Plague in India, 1896, 1897 - Volume 2
Year: 1896
Disease focus: Plague
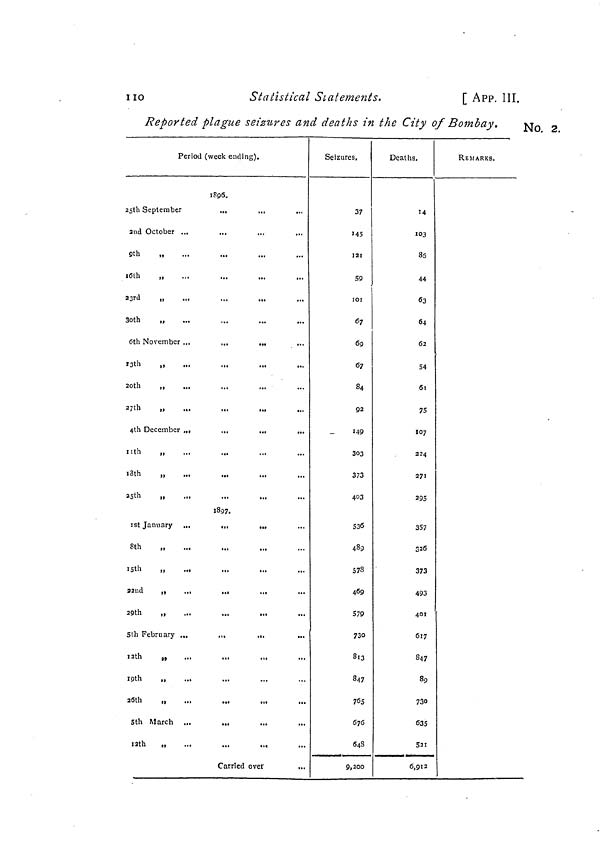
110
Statistical Statements.
[ APP. III.
Reported plague seizures and deaths in the City of Bombay. No. 2
Period (week ending).
1896.
25th September
...
..,
...
2nd October ...
9th
„
...
...
10th
„
23rd
„
30th
„
6th November ...
...
...
...
13th
„
20th
,,
..,
...
27th
„
...
...
...
4th December ,.,
...
..,
11th
„
13th
„
15th
„
1897.
1st January ...
.,,
...
8th
„
15th
„
22nd
,,
...
...
...
29th
„
5th February ...
.,.
...
...
12th
„
19th
„
...
26th
„
...
...
...
5th March ...
...
12th
„
...
...
...
Carried over
...
Seizures.
37
145
121
59
101
67
69
67
84
92
_
149
303
373
403
536
489
578
469
579
730
813
847
765
676
648
9,200
Deaths.
14
103
85
44
63
64
62
54
61
75
107
224
271
295
357
32S
373
493
401
617
847
89
730
635
521
6,912
REMARKS.